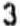
3